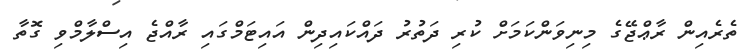
ތެރެއިން ރާޢްޖޭގެ މިނިވަންކަމަށް ކުރި ދަތުރު ދައްކައިދިން އައިޓަމްގައި ރާއްޖެ އިސްލާމްވި ގޮތާ